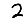
Digit: 2